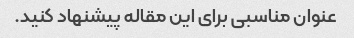
عنوان مناسبی برای این مقاله پیشنهاد کنید.